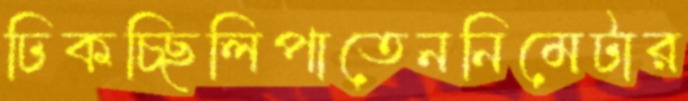
ঢিকচ্ছিলিপাতেননিমেটার